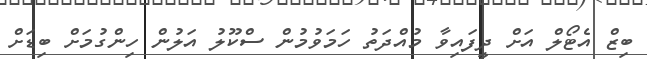
ބިޒް އެޓޯލް އަށް ދީފައިވާ މުއްދަތު ހަމަވުމުން ސްކޫލު އަލުން ހިންގުމަށް ބިޑަށް